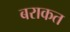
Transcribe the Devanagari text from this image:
बराकत